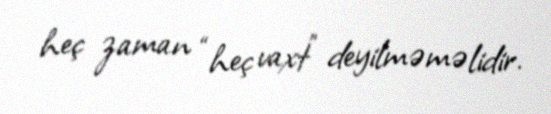
heç zaman “heç vaxt” deyilməməlidir.